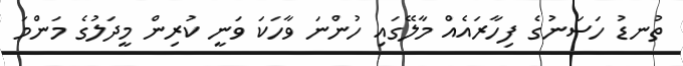
ތުނޑު ހަސަނުގެ ފިހާރައެއް މާލޭގައި ހުންނަ ވާހަކަ ވަނީ ކުރިން މީދަލުގެ މަންމަ